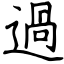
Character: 過